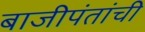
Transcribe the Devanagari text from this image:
बाजीपंतांची